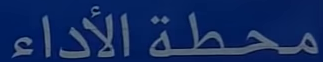
محطةالأداء